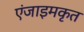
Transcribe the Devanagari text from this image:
एंजाइमकृत